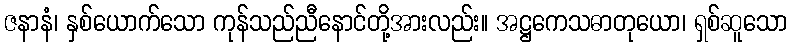
ဇနာနံ၊ နှစ်ယောက်သော ကုန်သည်ညီနောင်တို့အားလည်း။ အဋ္ဌကေသဓာတုယော၊ ရှစ်ဆူသော